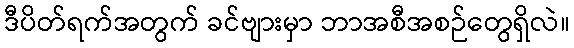
ဒီပိတ်ရက်အတွက် ခင်ဗျားမှာ ဘာအစီအစဉ်တွေရှိလဲ။